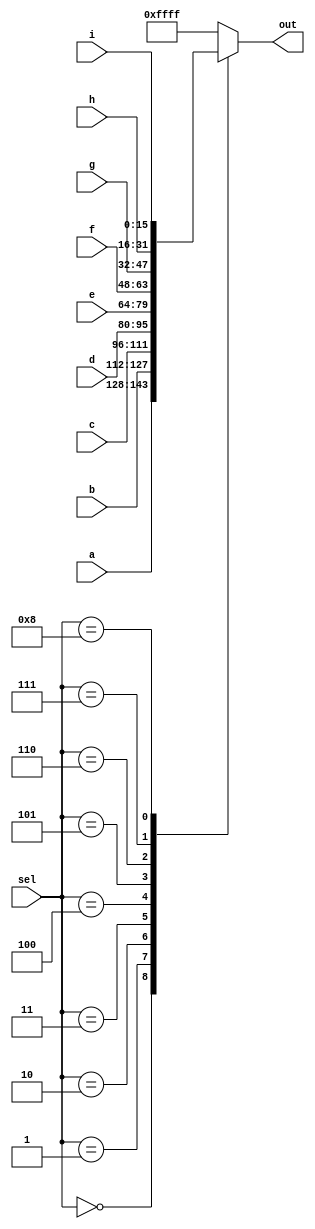
module top_module( 
    input [15:0] a, b, c, d, e, f, g, h, i,
    input [3:0] sel,
    output [15:0] out );
    always@(*)begin
        case(sel)
            4'h0:out = a;
            4'h1:out = b;
            4'h2:out = c;
            4'h3:out = d;
            4'h4:out = e;
            4'h5:out = f;
            4'h6:out = g;
            4'h7:out = h;
            4'h8:out = i;
            default: out =16'b1111_1111_1111_1111;
            endcase
        end

	// Case statements can only be used inside procedural blocks (always block)
	// This is a combinational circuit, so use a combinational always @(*) block.
	always @(*) begin
		out = '1;		// '1 is a special literal syntax for a number with all bits set to 1.
						// '0, 'x, and 'z are also valid.
						// I prefer to assign a default value to 'out' instead of using a
						// default case.
		case (sel)
			4'h0: out = a;
			4'h1: out = b;
			4'h2: out = c;
			4'h3: out = d;
			4'h4: out = e;
			4'h5: out = f;
			4'h6: out = g;
			4'h7: out = h;
			4'h8: out = i;
		endcase
	end
	
endmodule